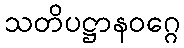
သတိပဋ္ဌာနဝဂ္ဂေ